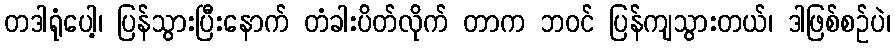
တဒါရုံပေါ့၊ ပြန်သွားပြီးနောက် တံခါးပိတ်လိုက် တာက ဘဝင် ပြန်ကျသွားတယ်၊ ဒါဖြစ်စဉ်ပဲ၊